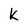
Character: L